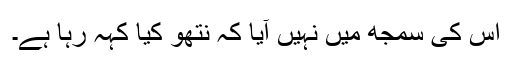
اُس کی سمجھ میں نہیں آیا کہ نتھو کیا کہہ رہا ہے۔